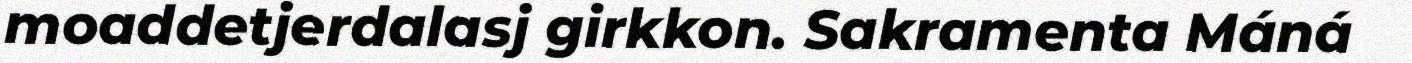
moaddetjerdalasj girkkon. Sakramenta Máná